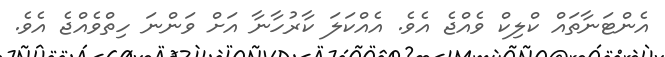
އެންޓަނާތައް ކްލިކް ވެއްޖެ އެވެ. އެއްކަލަ ކާރުހާނާ އަށް ވަންނަ ހިތްވެއްޖެ އެވެ.